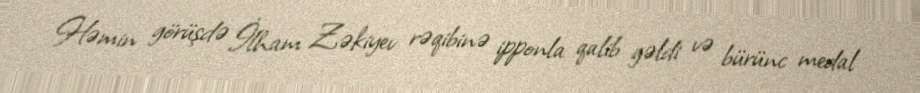
Həmin görüşdə İlham Zəkiyev rəqibinə ipponla qalib gəldi və bürünc medal